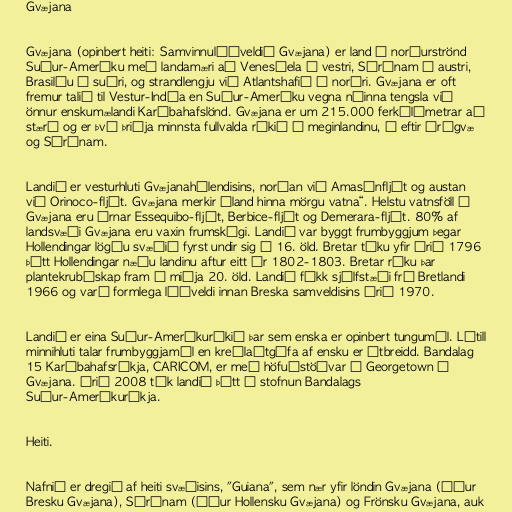
Gvæjana

Gvæjana (opinbert heiti: Samvinnulýðveldið Gvæjana) er land á norðurströnd
Suður-Ameríku með landamæri að Venesúela í vestri, Súrínam í austri,
Brasilíu í suðri, og strandlengju við Atlantshafið í norðri. Gvæjana er oft
fremur talið til Vestur-Indía en Suður-Ameríku vegna náinna tengsla við
önnur enskumælandi Karíbahafslönd. Gvæjana er um 215.000 ferkílómetrar að
stærð og er því þriðja minnsta fullvalda ríkið á meginlandinu, á eftir Úrúgvæ
og Súrínam.

Landið er vesturhluti Gvæjanahálendisins, norðan við Amasónfljót og austan
við Orinoco-fljót. Gvæjana merkir „land hinna mörgu vatna“. Helstu vatnsföll í
Gvæjana eru árnar Essequibo-fljót, Berbice-fljót og Demerara-fljót. 80% af
landsvæði Gvæjana eru vaxin frumskógi. Landið var byggt frumbyggjum þegar
Hollendingar lögðu svæðið fyrst undir sig á 16. öld. Bretar tóku yfir árið 1796
þótt Hollendingar næðu landinu aftur eitt ár 1802-1803. Bretar ráku þar
plantekrubúskap fram á miðja 20. öld. Landið fékk sjálfstæði frá Bretlandi
1966 og varð formlega lýðveldi innan Breska samveldisins árið 1970.

Landið er eina Suður-Ameríkuríkið þar sem enska er opinbert tungumál. Lítill
minnihluti talar frumbyggjamál en kreólaútgáfa af ensku er útbreidd. Bandalag
15 Karíbahafsríkja, CARICOM, er með höfuðstöðvar í Georgetown í
Gvæjana. Árið 2008 tók landið þátt í stofnun Bandalags
Suður-Ameríkuríkja.

Heiti.

Nafnið er dregið af heiti svæðisins, "Guiana", sem nær yfir löndin Gvæjana (áður
Bresku Gvæjana), Súrínam (áður Hollensku Gvæjana) og Frönsku Gvæjana, auk